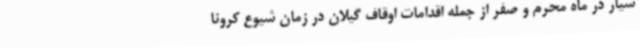
سیار در ماه محرم و صفر از جمله اقدامات اوقاف گیلان در زمان شیوع کرونا